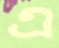
এ